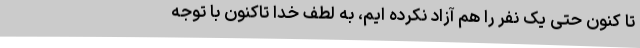
تا کنون حتی یک نفر را هم آزاد نکرده ایم، به لطف خدا تاکنون با توجه